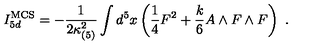
I _ { 5 d } ^ { \mathrm { M C S } } = - { \frac { 1 } { 2 \kappa _ { ( 5 ) } ^ { 2 } } } \int d ^ { 5 } x \left( { \frac { 1 } { 4 } } F ^ { 2 } + { \frac { k } { 6 } } A \wedge F \wedge F \right) \ .